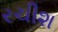
રચીશ